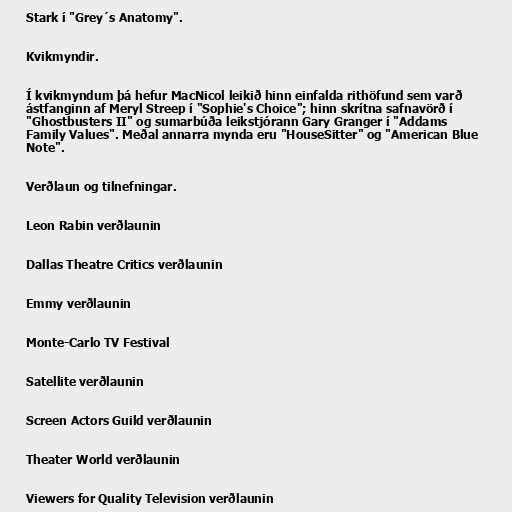
Stark í "Grey´s Anatomy".

Kvikmyndir.

Í kvikmyndum þá hefur MacNicol leikið hinn einfalda rithöfund sem varð
ástfanginn af Meryl Streep í "Sophie's Choice"; hinn skrítna safnavörð í
"Ghostbusters II" og sumarbúða leikstjórann Gary Granger í "Addams
Family Values". Meðal annarra mynda eru "HouseSitter" og "American Blue
Note".

Verðlaun og tilnefningar.

Leon Rabin verðlaunin

Dallas Theatre Critics verðlaunin

Emmy verðlaunin

Monte-Carlo TV Festival

Satellite verðlaunin

Screen Actors Guild verðlaunin

Theater World verðlaunin

Viewers for Quality Television verðlaunin